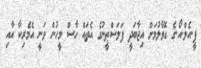
ޕީ.އެލް.އޯ.ގެ ގޮވާލުމަށް އިޖާބަދީ ފަލަސްޠީނުގެ އެތައް ހާސް މީހުން ވަނީ އެމެރިކާ އާއި